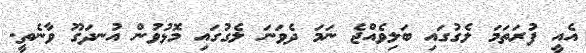
އެއީ ފުރަތަމަ ލެގުގައި ބަލިވެއްޖެ ނަމަ ދެވަނަ ލެގުގައި މޮޅުވުން އުނދަގޫ ވާނެތީ.